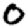
Digit: 0